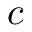
c